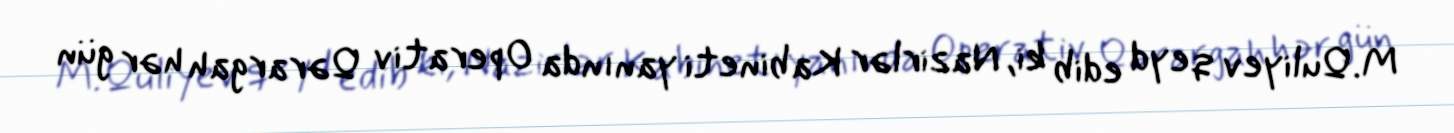
M.Quliyev qeyd edib ki, Nazirlər Kabineti yanında Operativ Qərargah hər gün